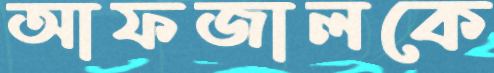
আফজালকে